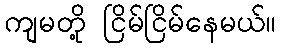
ကျမတို့ ငြိမ်ငြိမ်နေမယ်။